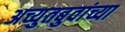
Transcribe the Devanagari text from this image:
अच्युतबुवांच्या